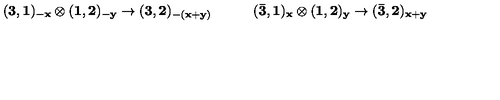
{ \bf ( 3 , 1 ) _ { - x } \otimes ( 1 , 2 ) _ { - y } \rightarrow ( 3 , 2 ) _ { - ( x + y ) } } \qquad \quad { \bf ( \bar { 3 } , 1 ) _ { x } \otimes ( 1 , 2 ) _ { y } \rightarrow ( \bar { 3 } , 2 ) _ { x + y } }